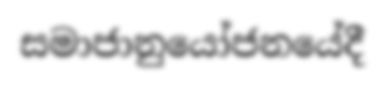
සමාජානුයෝජනයේදී